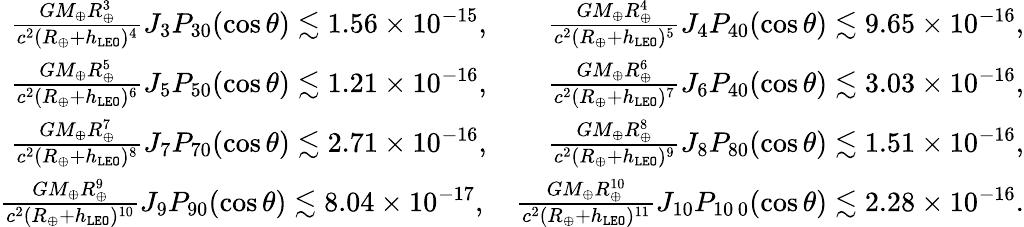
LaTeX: \begin{array}{r}{\frac{GM_{\oplus}R_{\oplus}^{3}}{c^{2}(R_{\oplus}+h_{\tt LEO})^{4}}J_{3}P_{30}(\cos\theta)\lesssim 1.56\times 10^{-15},~~~~~~~~\frac{GM_{\oplus}R_{\oplus}^{4}}{c^{2}(R_{\oplus}+h_{\tt LEO})^{5}}J_{4}P_{40}(\cos\theta)\lesssim 9.65\times 10^{-16},}\\ {\frac{GM_{\oplus}R_{\oplus}^{5}}{c^{2}(R_{\oplus}+h_{\tt LEO})^{6}}J_{5}P_{50}(\cos\theta)\lesssim 1.21\times 10^{-16},~~~~~~~~\frac{GM_{\oplus}R_{\oplus}^{6}}{c^{2}(R_{\oplus}+h_{\tt LEO})^{7}}J_{6}P_{40}(\cos\theta)\lesssim 3.03\times 10^{-16},}\\ {\frac{GM_{\oplus}R_{\oplus}^{7}}{c^{2}(R_{\oplus}+h_{\tt LEO})^{8}}J_{7}P_{70}(\cos\theta)\lesssim 2.71\times 10^{-16},~~~~~~~~\frac{GM_{\oplus}R_{\oplus}^{8}}{c^{2}(R_{\oplus}+h_{\tt LEO})^{9}}J_{8}P_{80}(\cos\theta)\lesssim 1.51\times 10^{-16},}\\ {\frac{GM_{\oplus}R_{\oplus}^{9}}{c^{2}(R_{\oplus}+h_{\tt LEO})^{10}}J_{9}P_{90}(\cos\theta)\lesssim 8.04\times 10^{-17},~~~~\frac{GM_{\oplus}R_{\oplus}^{10}}{c^{2}(R_{\oplus}+h_{\tt LEO})^{11}}J_{10}P_{10\, 0}(\cos\theta)\lesssim 2.28\times 10^{-16}.}\end{array}